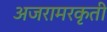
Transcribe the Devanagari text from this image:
अजरामरकृती